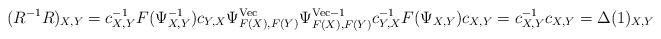
LaTeX: \begin{align*}(R^{-1}R)_{X,Y}=c_{X,Y}^{-1}F(\Psi_{X,Y}^{-1})c_{Y,X}\Psi^{{\rm Vec}}_{F(X),F(Y)}\Psi^{{\rm Vec}-1}_{F(X),F(Y)}c^{-1}_{Y,X}F(\Psi_{X,Y})c_{X,Y}=c_{X,Y}^{-1}c_{X,Y}=\Delta(1)_{X,Y}\end{align*}